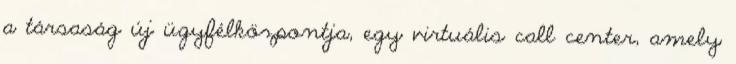
a társaság új ügyfélközpontja, egy virtuális call center, amely